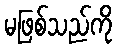
မဖြစ်သည်ကို